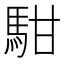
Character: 𩢨